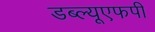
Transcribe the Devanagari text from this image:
डब्ल्यूएफपी